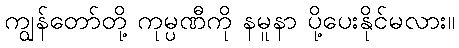
ကျွန်တော်တို့ ကုမ္ပဏီကို နမူနာ ပို့ပေးနိုင်မလား။